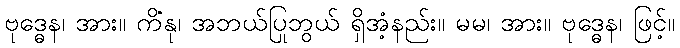
ဗုဒ္ဓေန၊ အား။ ကိံနု၊ အဘယ်ပြုဘွယ် ရှိအံ့နည်း။ မမ၊ အား။ ဗုဒ္ဓေန၊ ဖြင့်။